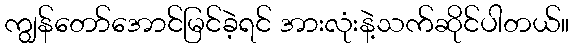
ကျွန်တော်အောင်မြင်ခဲ့ရင် အားလုံးနဲ့သက်ဆိုင်ပါတယ်။